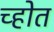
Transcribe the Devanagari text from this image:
च्होत